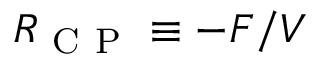
R _ { \mathrm { ~ C ~ P ~ } } \equiv - F / V